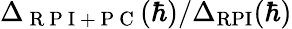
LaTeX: \Delta_{\mathrm{~R~P~I~+~P~C~}}(\hbar)/\Delta_{\mathrm{RPI}}(\hbar)